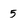
Character: 5